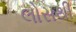
લોસથી